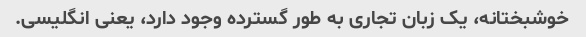
خوشبختانه، یک زبان تجاری به طور گسترده وجود دارد، یعنی انگلیسی.